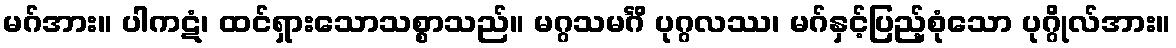
မဂ်အား။ ပါကဋံ၊ ထင်ရှားသောသစ္စာသည်။ မဂ္ဂသမင်္ဂိ ပုဂ္ဂလဿ၊ မဂ်နှင့်ပြည့်စုံသော ပုဂ္ဂိုလ်အား။